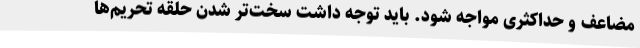
مضاعف و حداکثری مواجه شود. باید توجه داشت سخت‌تر شدن حلقه تحریم‌ها